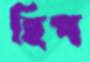
হিপ